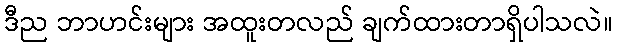
ဒီည ဘာဟင်းများ အထူးတလည် ချက်ထားတာရှိပါသလဲ။